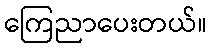
ကြေညာပေးတယ်။